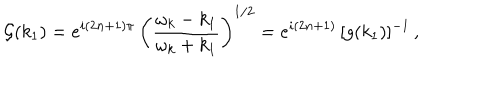
{ \cal G } ( k _ { 1 } ) = e ^ { i ( 2 n + 1 ) \pi } \, \left( \frac { \omega _ { k } - k _ { 1 } } { \omega _ { k } + k _ { 1 } } \right) ^ { 1 / 2 } = e ^ { i ( 2 n + 1 ) } \, [ g ( k _ { 1 } ) ] ^ { - 1 } \, ,